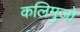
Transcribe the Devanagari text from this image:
कलिमुजो